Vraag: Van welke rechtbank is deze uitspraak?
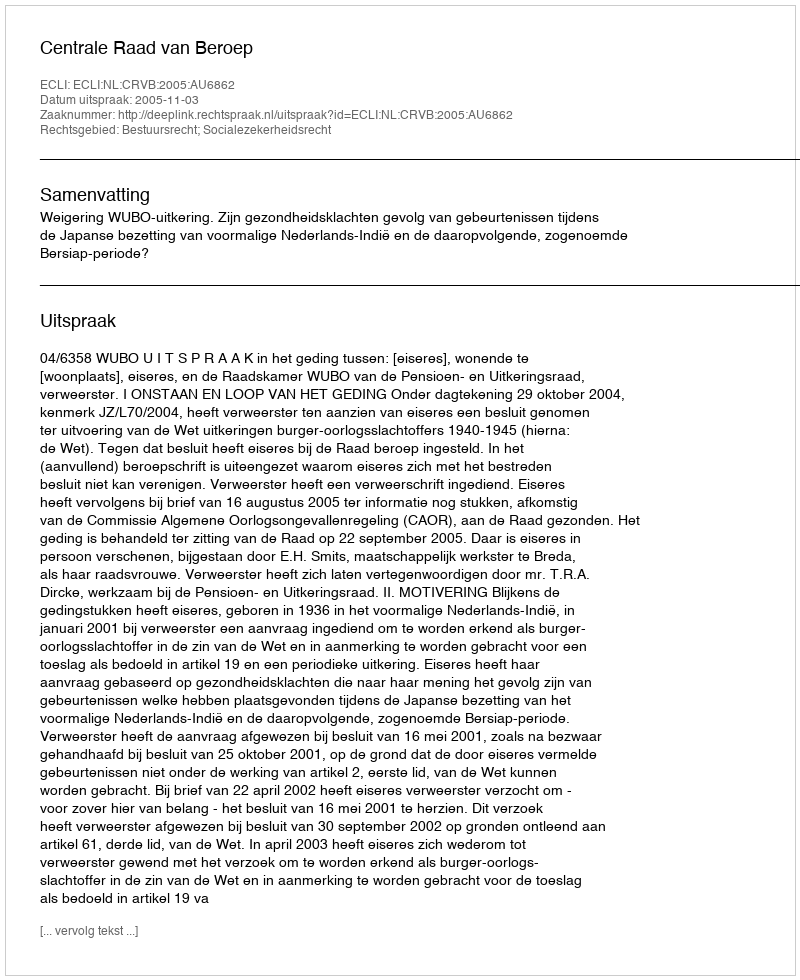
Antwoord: Centrale Raad van Beroep